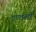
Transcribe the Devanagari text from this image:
डण्ठलों